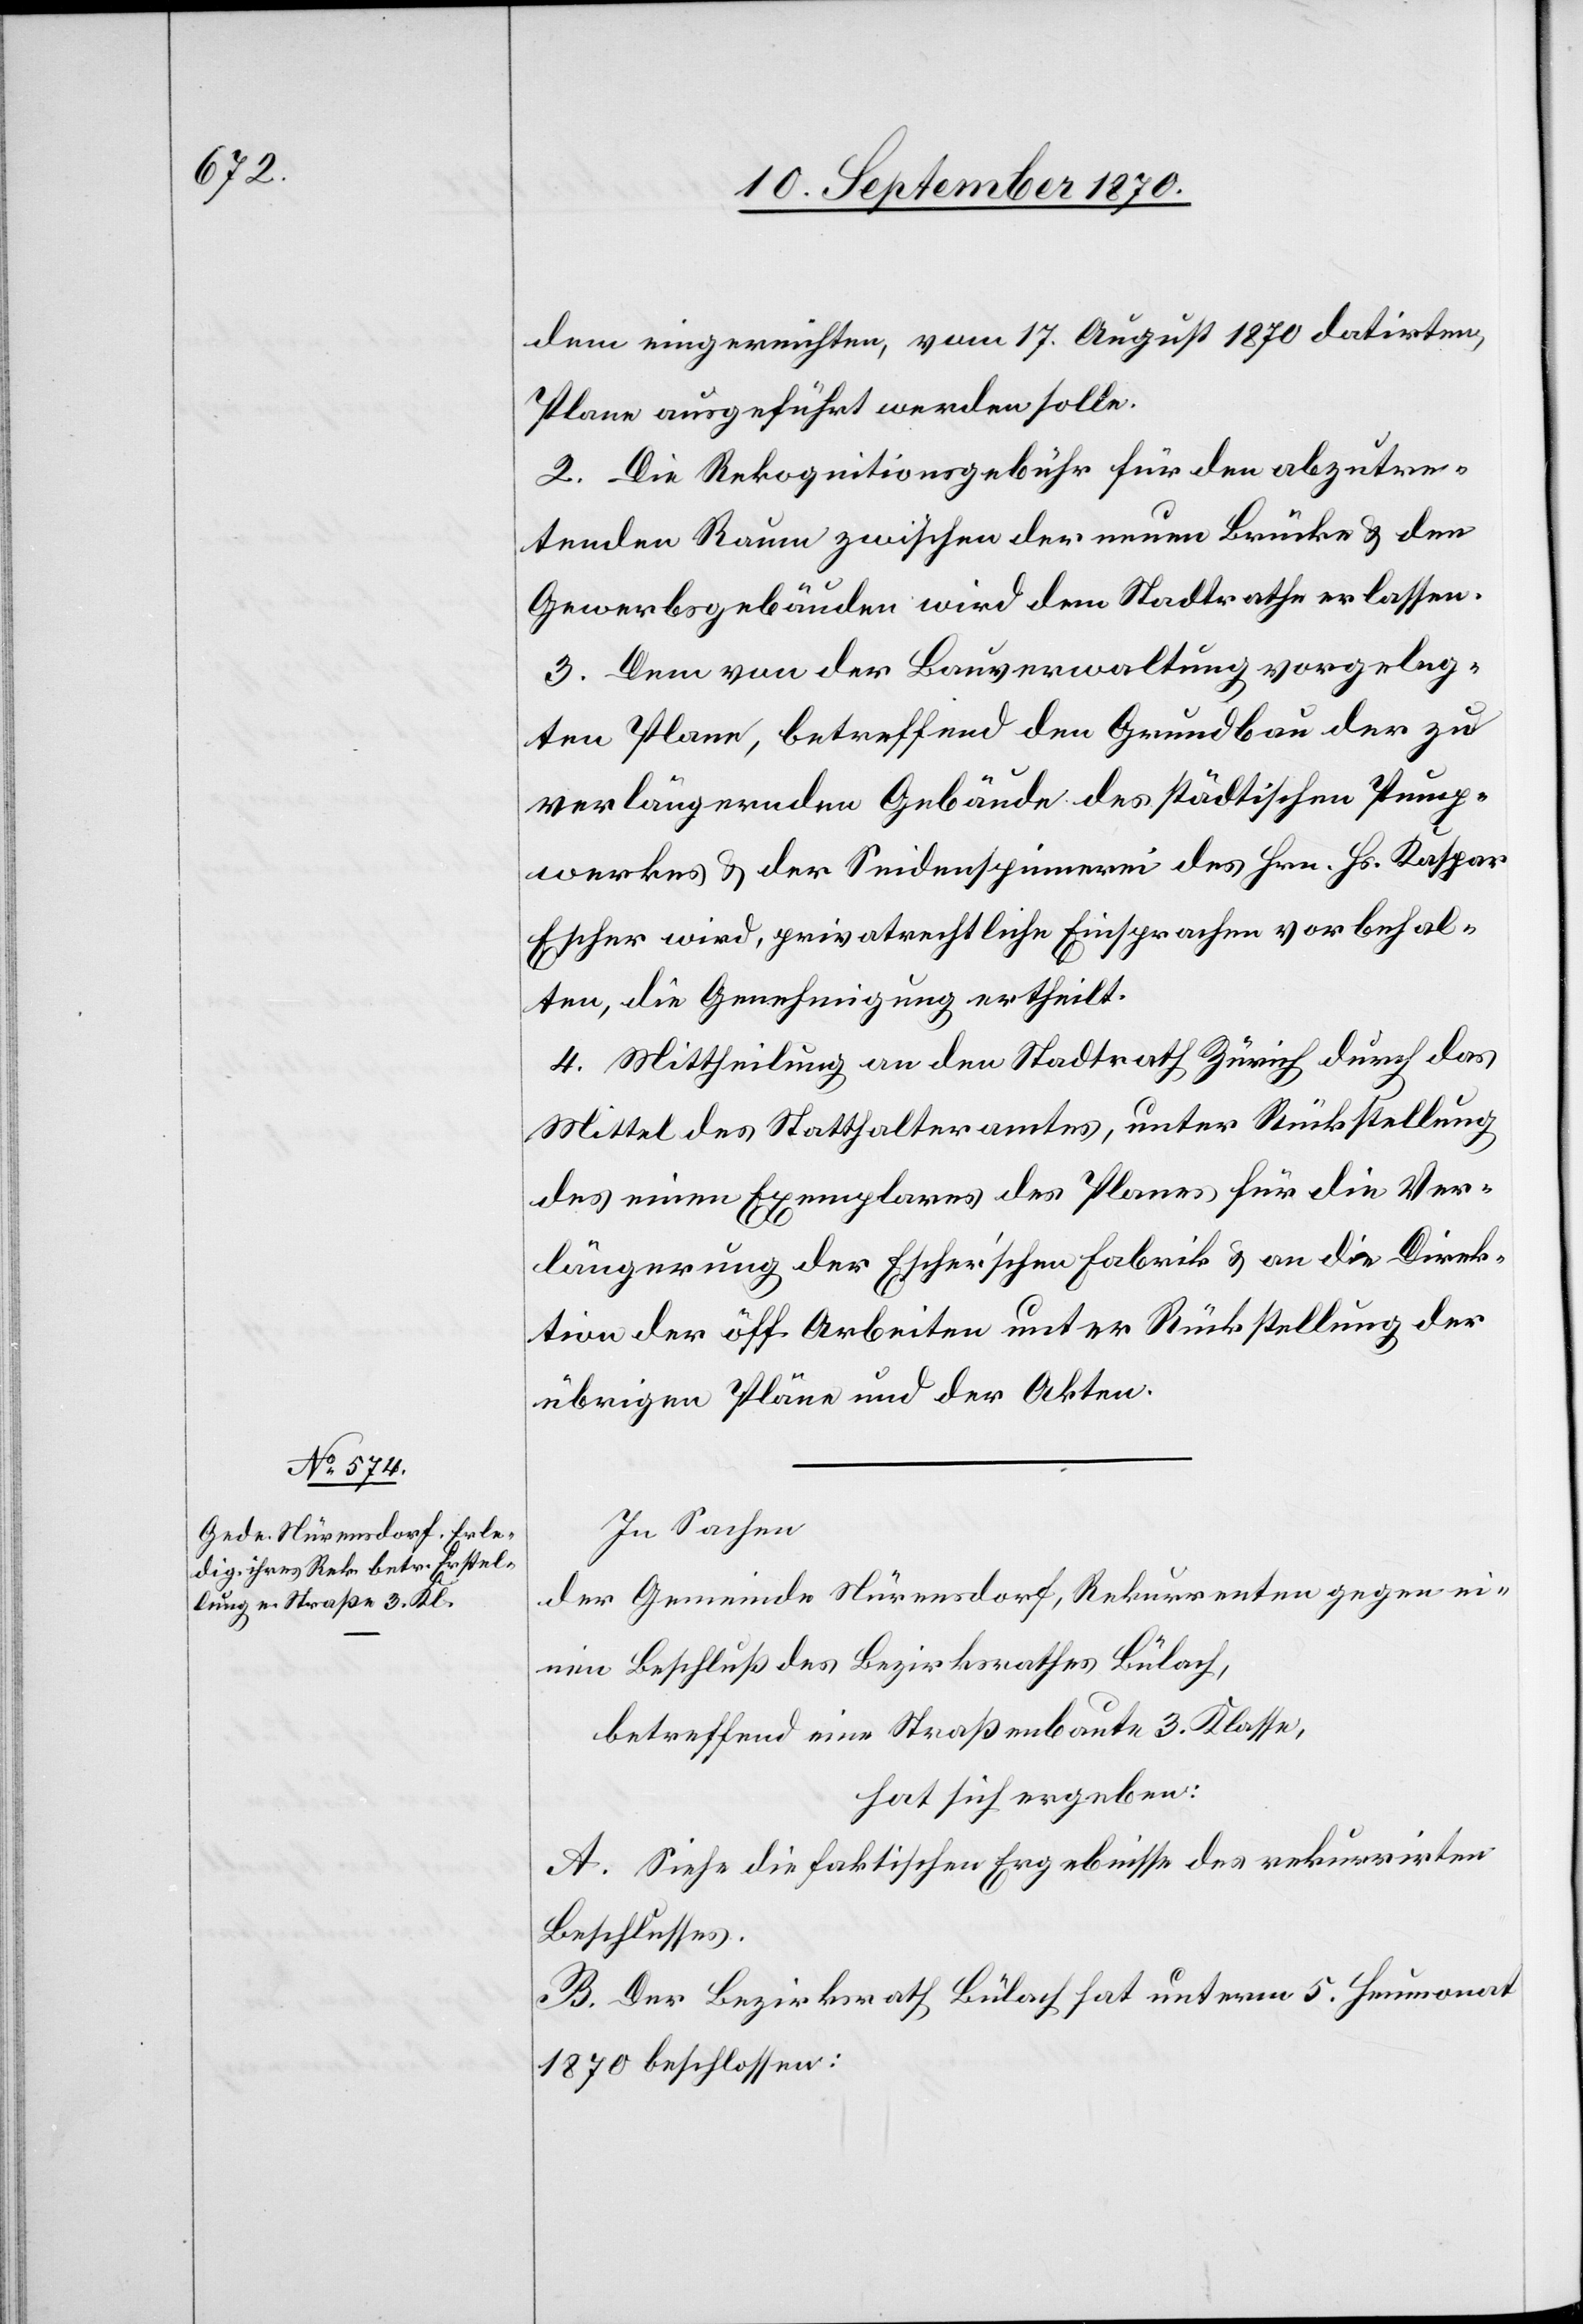
dem eingereichten, vom 17. August 1870 datirten,
Plane ausgeführt werden solle.
[sic!] Die Rekognitionsgebühr für den abzutre¬
tenden Raum zwischen der neuen Brücke & dem
Gewerbsgebäuden wird dem Stadtrathe erlassen.
3. Dem von der Bauverwaltung vorgeleg¬
ten Plane, betreffend den Grundbau der zu
verlängernden Gebäude des städtischen Pump¬
werkes & der Seidenspinnerei des Hrn. Hs. Kaspar
Escher wird, privatrechtliche Einsprachen vorbehal¬
ten, die Genehmigung ertheilt.
4. Mittheilung an den Stadtrath Zürich durch das
Mittel des Statthalteramtes, unter Rückstellung
des einen Exemplares des Planes für die Ver¬
längerung der Escher’schen Fabrik & an die Direk¬
tion der öff. Arbeiten unter Rückstellung der
übrigen Pläne und der Akten.
In Sachen
der Gemeinde Nürensdorf, Rekurrenten gegen ei¬
nen Beschluß des Bezirksrathes Bülach,
betreffend eine Straßenbaute 3. Klasse,
hat sich ergeben:
A. Siehe die faktischen Ergebnisse des rekurrirten
Beschlusses.
B. Der Bezirksrath Bülach hat unterm 5. Heumonat
1870 beschlossen: